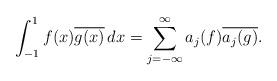
LaTeX: \begin{align*}\int_{-1}^{1} f(x) \overline{g(x)} \, dx = \sum_{j=-\infty}^{\infty} a_{j}(f) \overline{a_{j}(g)}.\end{align*}